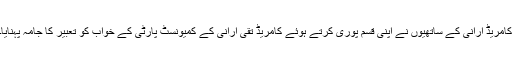
کامریڈ ارانی کے ساتھیوں نے اپنی قسم پوری کرتے ہوئے کامریڈ تقی ارانی کے کمیونسٹ پارٹی کے خواب کو تعبیر کا جامہ پہنایا۔